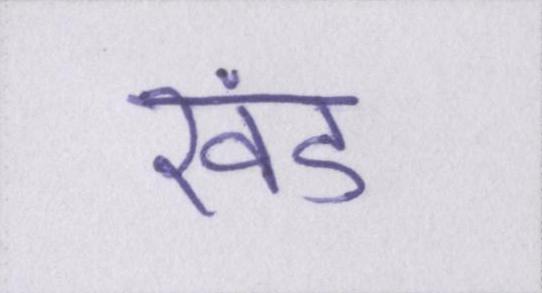
खंड